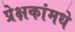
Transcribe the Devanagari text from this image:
प्रेक्षकांमधे